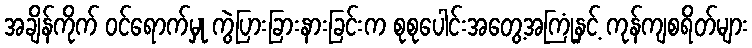
အချိန်ကိုက် ဝင်ရောက်မှု ကွဲပြားခြားနားခြင်းက စုစုပေါင်းအတွေ့အကြုံနှင့် ကုန်ကျစရိတ်များ